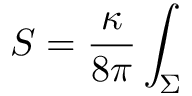
S = \frac { \kappa } { 8 \pi } \int _ { \Sigma }